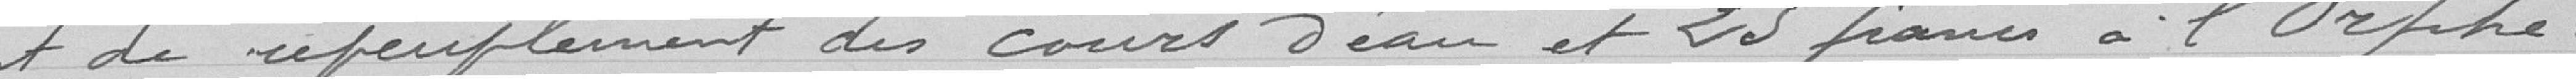
et de  repeuplement des cours d'eau et 25 francs à l'Orphe-